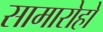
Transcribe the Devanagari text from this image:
सामारोहों